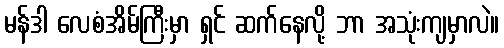
မန်ဒါ လေစံအိမ်ကြီးမှာ ရှင် ဆက်နေလို့ ဘာ အသုံးကျမှာလဲ။